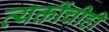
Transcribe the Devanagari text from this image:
व्यक्तींचीही